Scottish Certificate of Education, 1962
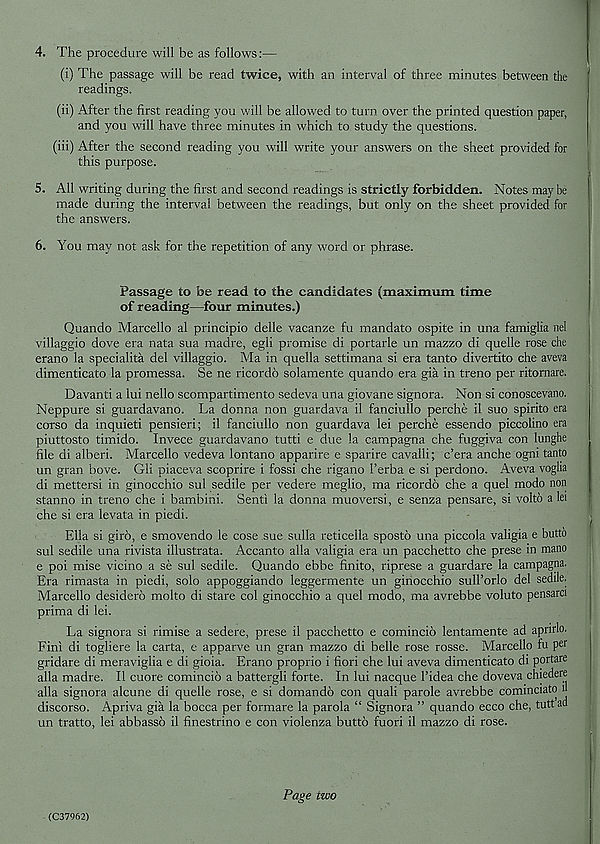
4. The procedure will be as follows:—
(i) The passage will be read twice, with an interval of three minutes between the
readings.
(ii) After the first reading you will be allowed to turn over the printed question paper,
and you will have three minutes in which to study the questions.
(iii) After the second reading you will write your answers on the sheet provided for
this purpose.
i
5. All writing during the first and second readings is strictly forbidden. Notes maybe
made during the interval between the readings, but only on the sheet provided for
the answers.
6. You may not ask for the repetition of any word or phrase.
Passage to be read to the candidates (maximum time
of reading—four minutes.)
Quando Marcello al principio delle vacanze fu mandato ospite in una famiglia nel
villaggio dove era nata sua madre, egli promise di portarle un mazzo di quelle rose che
erano la specialita del villaggio. Ma in quella settimana si era tanto divertito che aveva
dimenticato la promessa. Se ne ricordo solamente quando era gia in treno per ritomare.
Davanti a lui nello scompartimento sedeva una giovane signora. Non si conoscevano.
Neppure si guardavano. La donna non guardava il fanciullo perche il suo spirito era
corso da inquieti pensieri; il fanciullo non guardava lei perche essendo piccolino era
piuttosto timido. Invece guardavano tutti e due la campagna che fuggiva con lunghe
file di alberi. Marcello vedeva lontano apparire e sparire cavalli; c’era anche ogni tanto
un gran bove. Gli piaceva scoprire i fossi che rigano I’erba e si perdono. Aveva voglia
di mettersi in ginocchio sul sedile per vedere meglio, ma ricordo che a quel modo non
stanno in treno che i bambini. Sent! la donna muoversi, e senza pensare, si volto a lei
che si era levata in piedi.
Ella si giro, e smovendo le cose sue sulla reticella sposto una piccola valigia e butto
sul sedile una rivista illustrata. Accanto alia valigia era un pacchetto che prese in mano
e poi mise vicino a se sul sedile. Quando ebbe finite, riprese a guardare la campagna.
Era rimasta in piedi, solo appoggiando leggermente un ginocchio sull’orlo del sedile.
Marcello desidero molto di stare col ginocchio a quel modo, ma avrebbe voluto pensarci
prima di lei.
La signora si rimise a sedere, prese il pacchetto e comincio lentamente ad aprirlo.
Fini di togliere la carta, e apparve un gran mazzo di belle rose rosse. Marcello fu per
gridare di meraviglia e di gioia. Erano proprio i fieri che lui aveva dimenticato di portare
alia madre. Il cuore comincio a battergli forte. In lui nacque 1’idea che doveva chiedere
alia signora alcune di quelle rose, e si domando con quali parole avrebbe cominciato n
discorso. Apriva gia la bocca per formare la parola “ Signora ” quando ecco che, tuttad
un tratto, lei abbasso il finestrino e con violenza butto fuori il mazzo di rose.
Page two
(C37962)